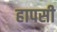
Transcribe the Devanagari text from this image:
हापसी